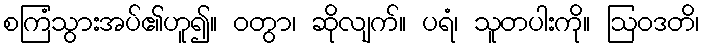
စကြံသွားအပ်၏ဟူ၍။ ဝတွာ၊ ဆိုလျက်။ ပရံ၊ သူတပါးကို။ ဩဝဒတိ၊